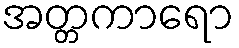
အတ္တကာရော